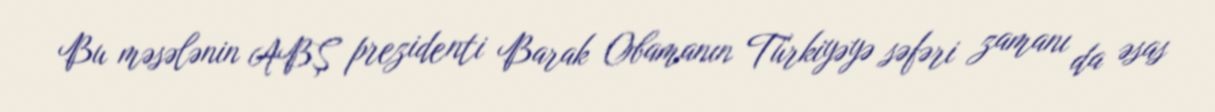
Bu məsələnin ABŞ prezidenti Barak Obamanın Türkiyəyə səfəri zamanı da əsas